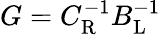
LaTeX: G=C_{\mathrm{R}}^{-1}B_{\mathrm{L}}^{-1}